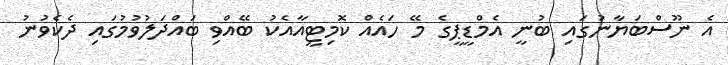
އެ ނޫސްބަޔާނުގައި ބުނީ އެމްޑީޕީގެ މޭ ހައެއް ކޮމިޓީއާއެކު ބޭއްވި ބައްދަލުވުމުގައި ދެކެވުނު